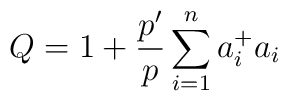
Q=1+\frac {p'}{p}\sum^{n}_{i=1}a^{+}_{i}a_{i}